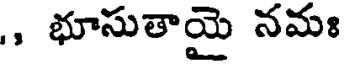
,, భూసుతాయై నమః